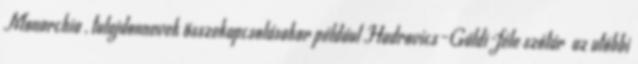
Monarchia , tulajdonnevek összekapcsolásakor például Hadrovics–Gáldi-féle szótár az utóbbi